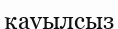
қауылсыз